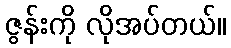
ဇွန်းကို လိုအပ်တယ်။